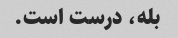
بله، درست است.